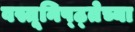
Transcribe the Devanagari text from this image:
वस्तूनिष्ठ्तेच्या